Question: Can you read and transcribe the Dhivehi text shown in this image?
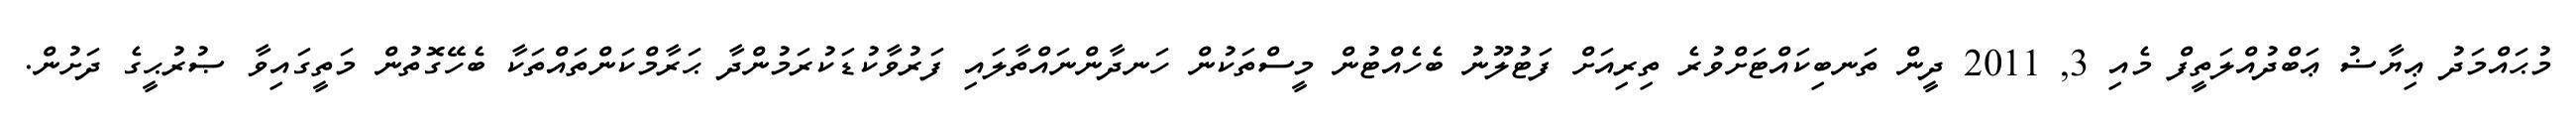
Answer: މުޙައްމަދު ޢިޔާޟު ޢަބްދުއްލަތީފް މެއި 3, 2011 ދީން ތަނބިކައްޓަށްވުރެ ތިރިއަށް ފަޓުލޫނު ބެހެއްޓުން މީސްތަކުން ހަނދާންނައްތާލައި ފަރުވާކުޑަކުރަމުންދާ ޙަރާމްކަންތައްތަކާ ބެހޭގޮތުން މަތީގައިވާ ޞުރުޙީގެ ދަށުން.